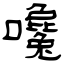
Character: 嚵